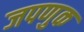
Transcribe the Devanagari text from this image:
जपणुक